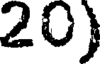
20)